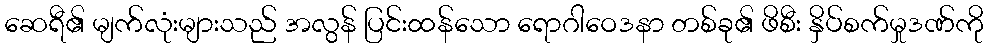
ဆေရီ၏ မျက်လုံးများသည် အလွန် ပြင်းထန်သော ရောဂါဝေဒနာ တစ်ခု၏ ဖိစီး နှိပ်စက်မှုဒဏ်ကို